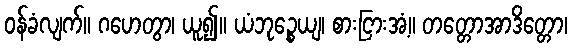
ဝန်ခံလျက်။ ဂဟေတွာ၊ ယူ၍။ ယံဘုဉ္စေယျ၊ စားငြားအံ့။ တတ္တောအာဒိတ္တော၊